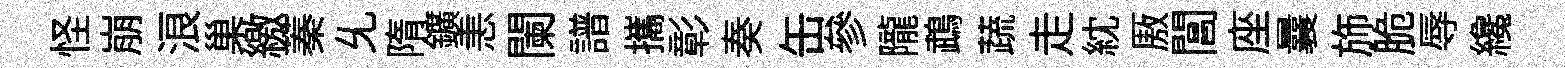
怪崩浪巢繳蓁𠃔隋鑛恚闌譜攜彰奏缶參隴鵡蔬走紞厫閶座曩斾脆辱纔